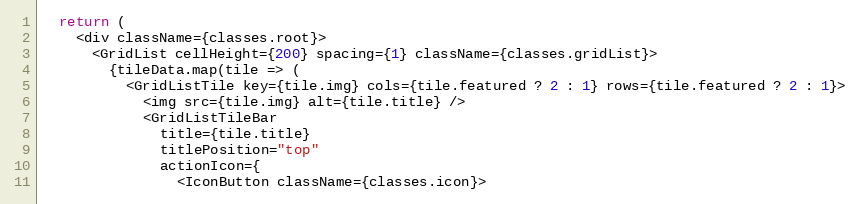
Language: JavaScript
  return (
    <div className={classes.root}>
      <GridList cellHeight={200} spacing={1} className={classes.gridList}>
        {tileData.map(tile => (
          <GridListTile key={tile.img} cols={tile.featured ? 2 : 1} rows={tile.featured ? 2 : 1}>
            <img src={tile.img} alt={tile.title} />
            <GridListTileBar
              title={tile.title}
              titlePosition="top"
              actionIcon={
                <IconButton className={classes.icon}>